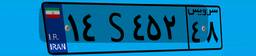
۱۴S۴۵۲۴۸